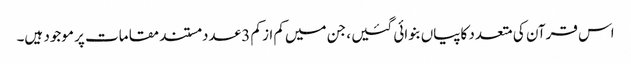
اس قرآن کی متعدد کاپیاں‌بنوائی گئیں ، جن میں‌کم از کم 3 عدد مستند مقامات پر موجود ہیں۔